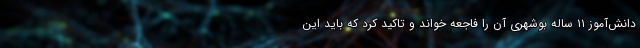
دانش‌آموز ۱۱ ساله بوشهری آن را فاجعه خواند و تاکید کرد که باید این